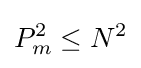
P_{m}^{2}\leq N^{2}